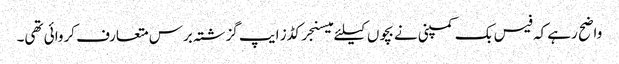
واضح رہے کہ فیس بک کمپنی نے بچوں کیلئے میسنجر کڈز ایپ گزشتہ برس متعارف کروائی تھی۔